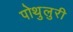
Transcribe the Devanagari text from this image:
पोथुलुरी